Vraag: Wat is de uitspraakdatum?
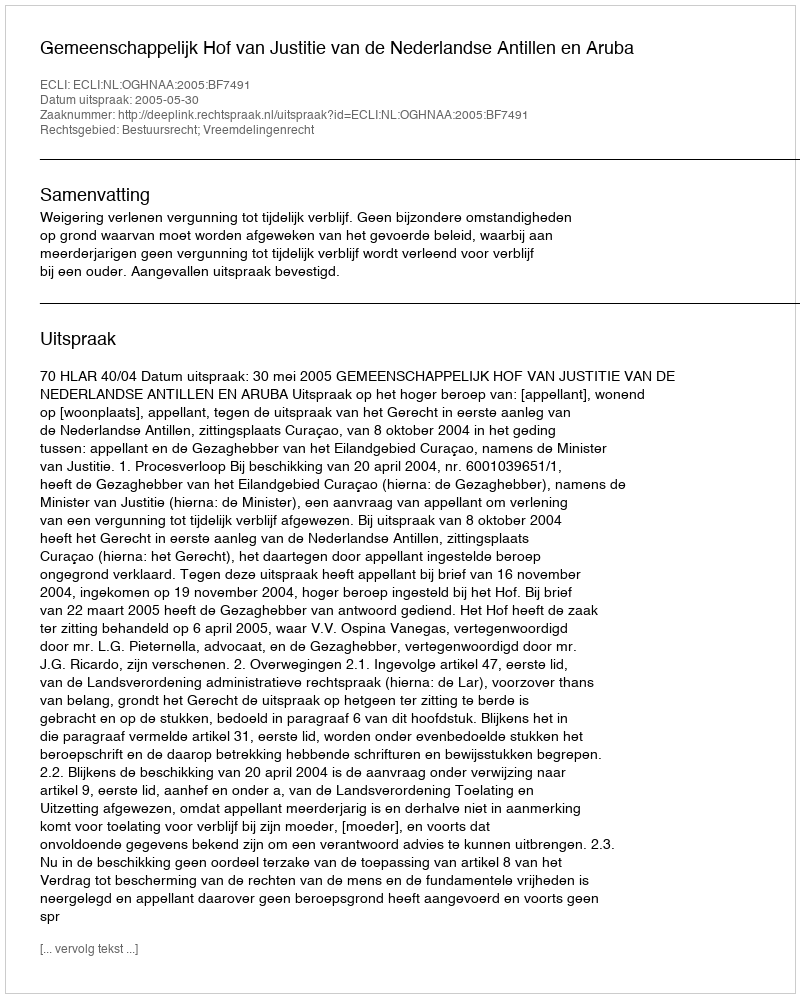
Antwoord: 2005-05-30